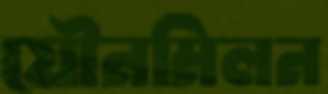
যৌনমিলন